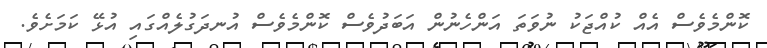
ކޮންމެވެސް އެއް ކުއްޖަކު ނުވަތަ އަންހެނުން އަބަދުވެސް ކޮންމެވެސް އުނދަގުލެއްގައި އުޅޭ ކަމަށެވެ.